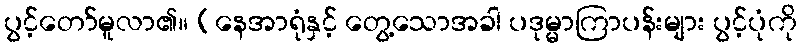
ပွင့်တော်မူလာ၏။ (နေအာရုံနှင့် တွေ့သောအခါ ပဒုမ္မာကြာပန်းများ ပွင့်ပုံကို